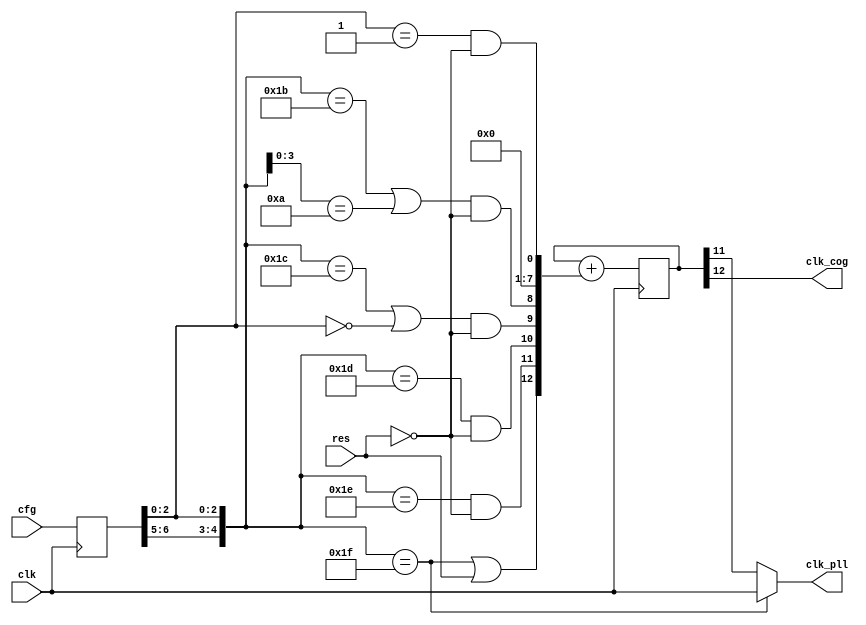
module tim
(
    input           clk,        
    input           res,        
    input [6:0]     cfg,        
    output          clk_pll,    
    output          clk_cog     
);
reg [6:0]   cfgx;
reg [12:0]  divide;
wire[4:0] clksel = {cfgx[6:5], cfgx[2:0]};  
assign clk_pll = (clksel == 5'b11111)       
                    ? clk                   
                    : divide[11];           
assign clk_cog = divide[12];                
always @ (posedge clk)
begin
    cfgx <= cfg;
end
always @ (posedge clk)
begin
    divide <= divide + 
    {
         clksel == 5'b11111 || res,                                                     
         clksel == 5'b11110 && !res,                                                    
         clksel == 5'b11101 && !res,                                                    
        (clksel == 5'b11100 || clksel[2:0] == 3'b000) && !res,                          
        (clksel == 5'b11011 || clksel[3:0] == 4'b1010) && !res,                         
         1'b0,
         1'b0,
         1'b0,
         1'b0,
         1'b0,
         1'b0,
         1'b0,
         clksel[2:0] == 3'b001 && !res                                                  
        };
end
endmodule